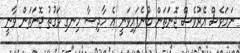
ނަމަވެސް އޭރުވެސް ޖޮނަތަން ބުނެފައިވަނީ އެ ހާދިސާ ހިނގި ވަގުތު ޖޮނަތަން ވާނީ